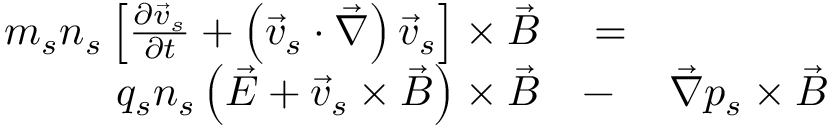
\begin{array} { r l r } { m _ { s } n _ { s } \left[ \frac { \partial \vec { v } _ { s } } { \partial t } + \left( \vec { v } _ { s } \cdot \vec { \nabla } \right) \vec { v } _ { s } \right] \times \vec { B } } & { { } = } & { } \\ { q _ { s } n _ { s } \left( \vec { E } + \vec { v } _ { s } \times \vec { B } \right) \times \vec { B } } & { { } - } & { \vec { \nabla } p _ { s } \times \vec { B } } \end{array}